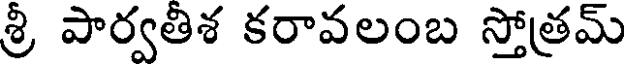
శ్రీ పార్వతిశ కరావలంబ స్తోత్రమ్